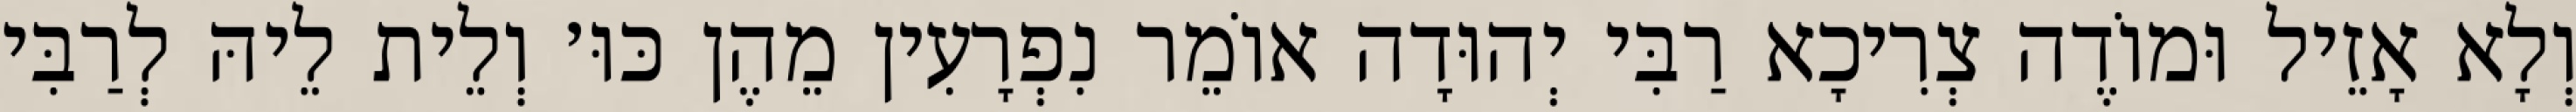
וְלָא אָזֵיל וּמוֹדֶה צְרִיכָא רַבִּי יְהוּדָה אוֹמֵר נִפְרָעִין מֵהֶן כּוּ׳ וְלֵית לֵיהּ לְרַבִּי